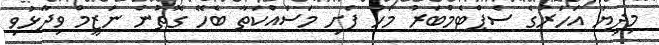
މިދިޔަ އަހަރުގެ ސެޕްޓެމްބަރު މަހު ފެށި މަސައްކަތާ ބެހޭ ގޮތުން ނަޒީމް ވިދާޅުވި